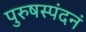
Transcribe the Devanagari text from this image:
पुरुषस्पंदनं